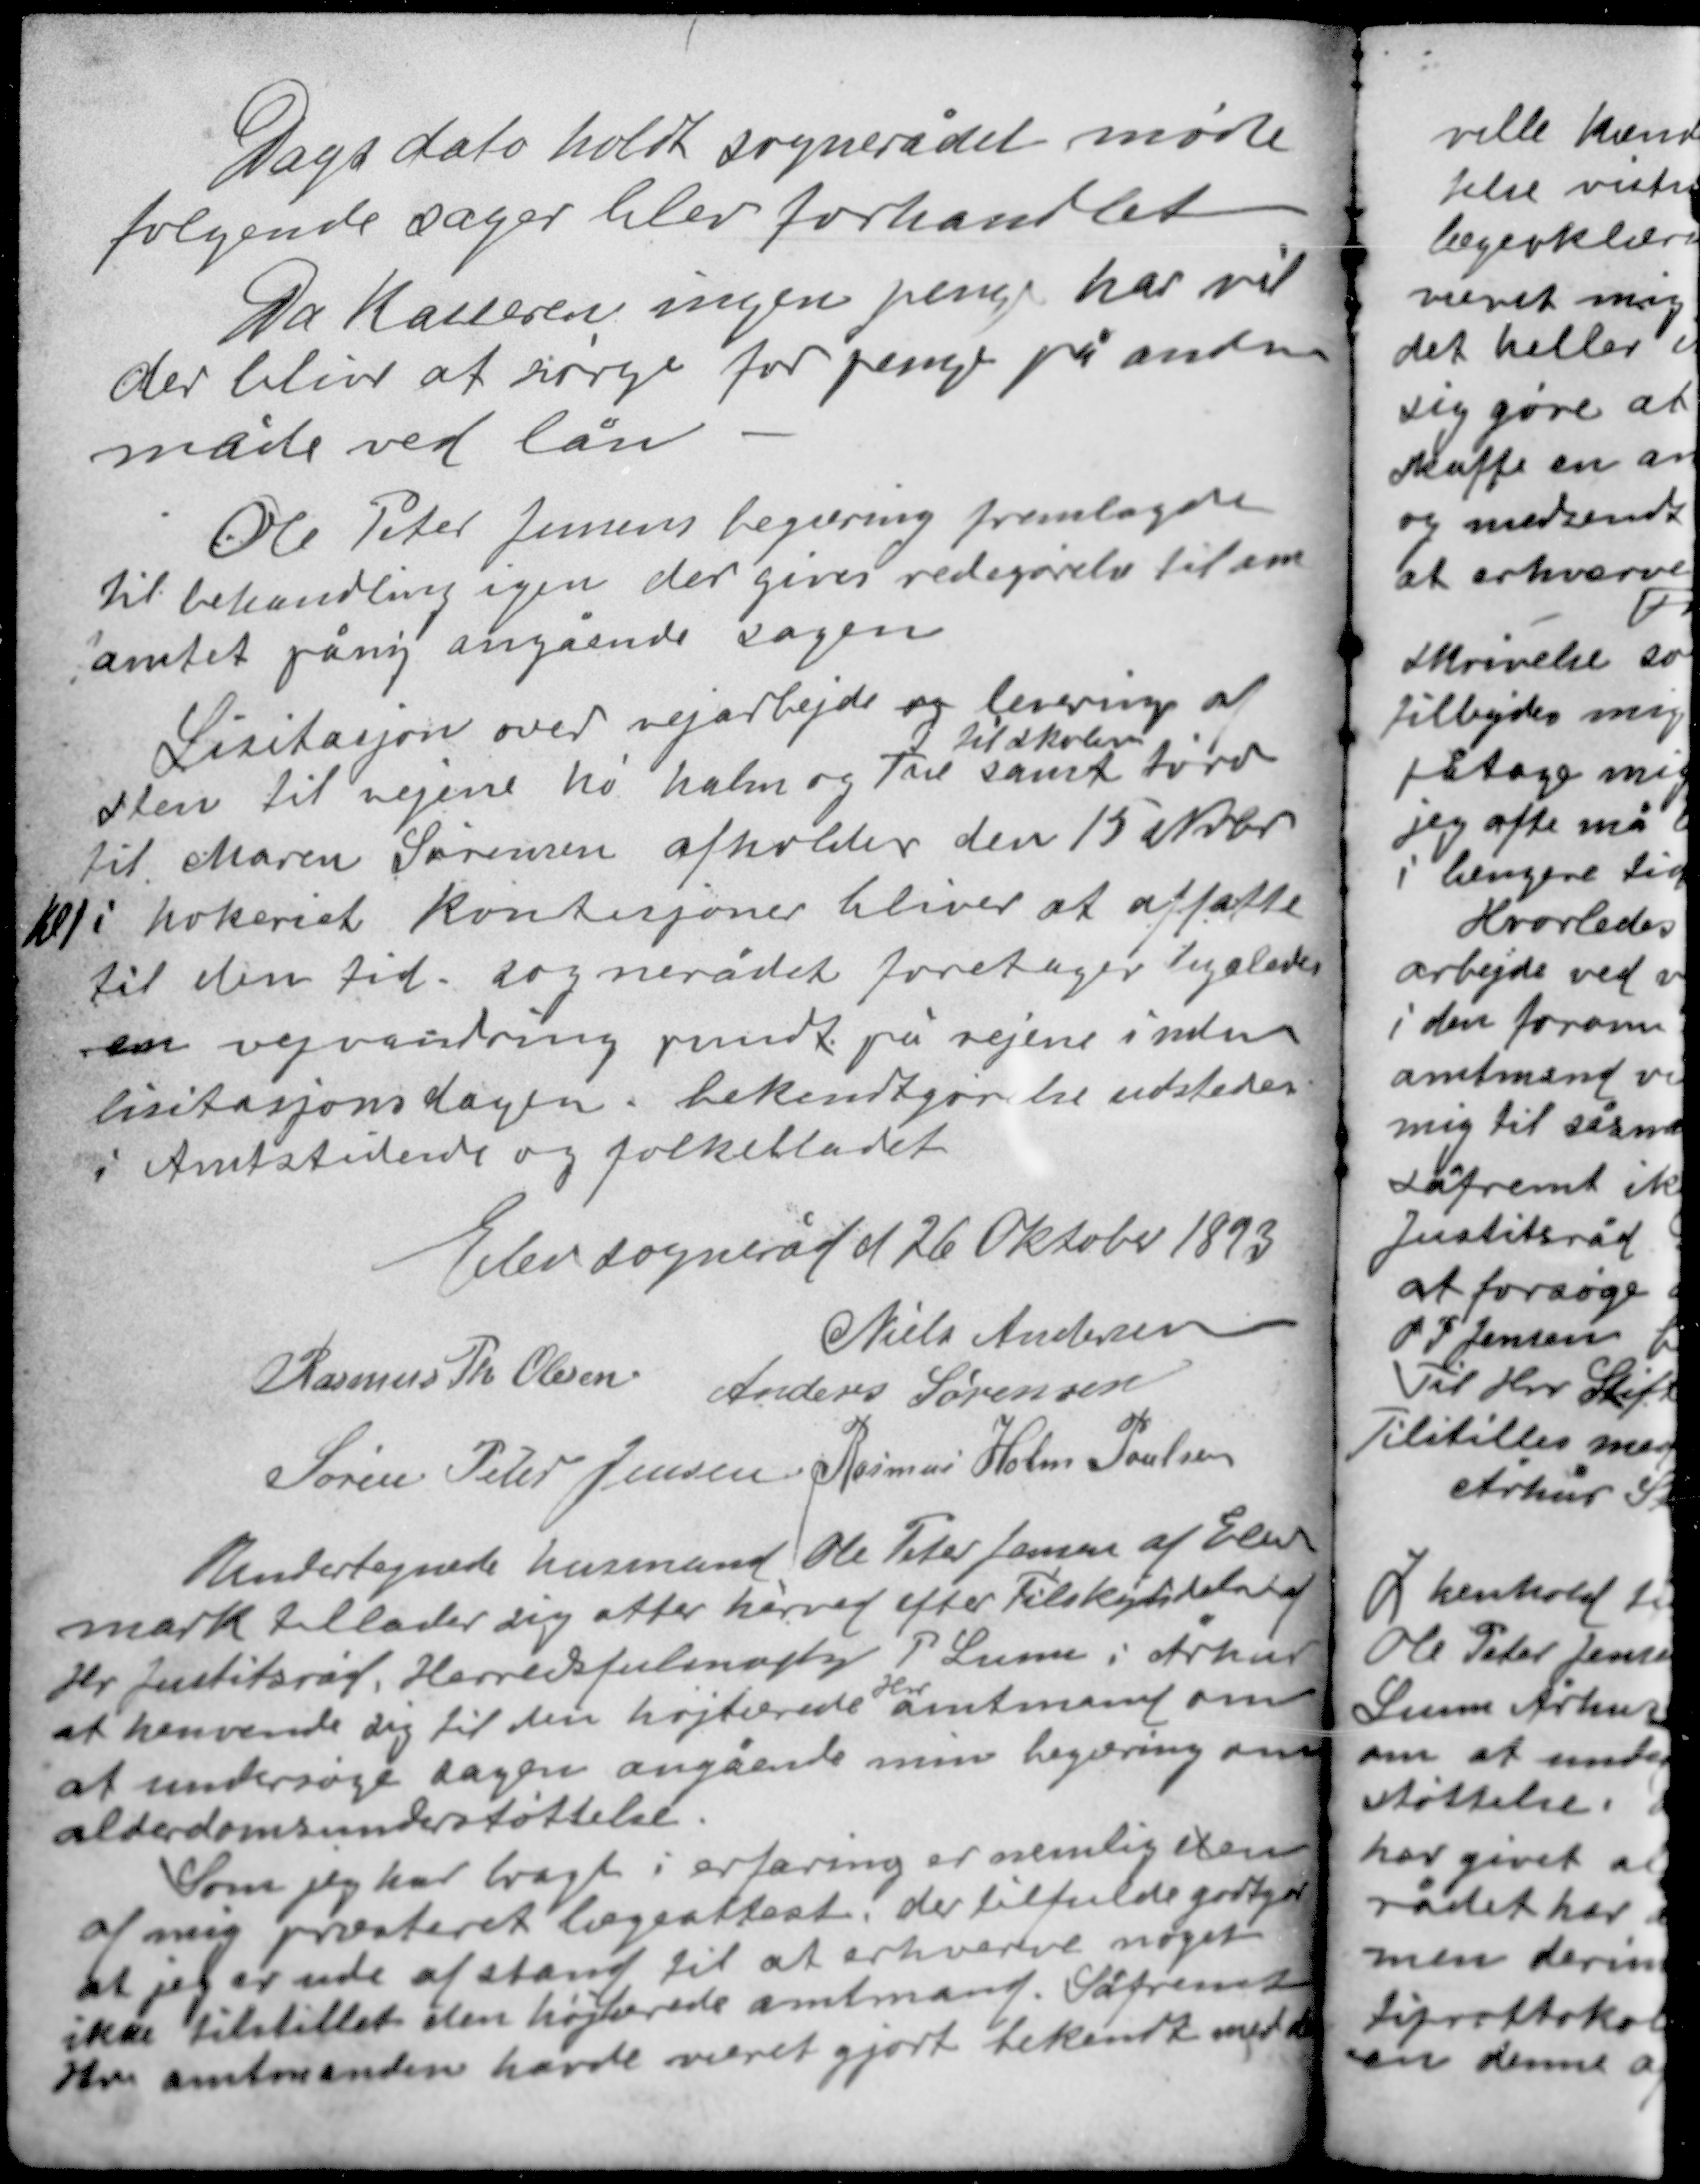
Transskription:
Dags dato holdt sognerådet møde
følgende sager blev forhandlet
Da kasseren ingen penge har vil
der blive at sørge for penge på anden
måde ved lån.

Ole Peter Jensens begæring fremlagdes
til behandling igen der gives redegørelse til am
amtet påny angående sagen
Lisitasjon over vejarbejde og levering af
til skolen
sten til vejene hø halm og Træ samt tørv
til Maren Sørensen afholdes den 15 Nvbr
kl 1 i høkeriet kondisjoner bliver at affatte
til den tid, sognerådet foretager ligeledes
en vejvandring rundt på vejene inden
lisitasjons dagen, bekendtgør tre udsteder
i Amtstidende og folkebladet.

Elev sogneråd d 26 Oktober 1893
Niels Andersen
Rasmus Th. Olesen Anders Sørensen
Søren Peter Jensen Rasmus Holm Poulsen

Undertegnede husmand Ole Peter Jensen af Elev
mark tillader sig atter herved efter Tilskyndelse af
Hr Justitsråd Herredsfulmægtig P Lunn i Århus
Hr
at henvende sig til den højtærede amtmand om
at undersøge sagen angående min begæring om
alderdomsunderstøttelse.

Som jeg har bragt i erfaring er nemlig et en
af mig præsteret lægeattest der tilfulde godtgør
at jeg er ude af stand til at erhverve noget
ikke tilstillet den højtærede amtmand. Såfremt
Hr amtmanden havde været gjort bekendt med den